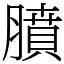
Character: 膹